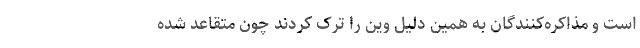
است و مذاکره‌کنندگان به همین دلیل وین را ترک کردند چون متقاعد شده